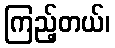
ကြည့်တယ်၊